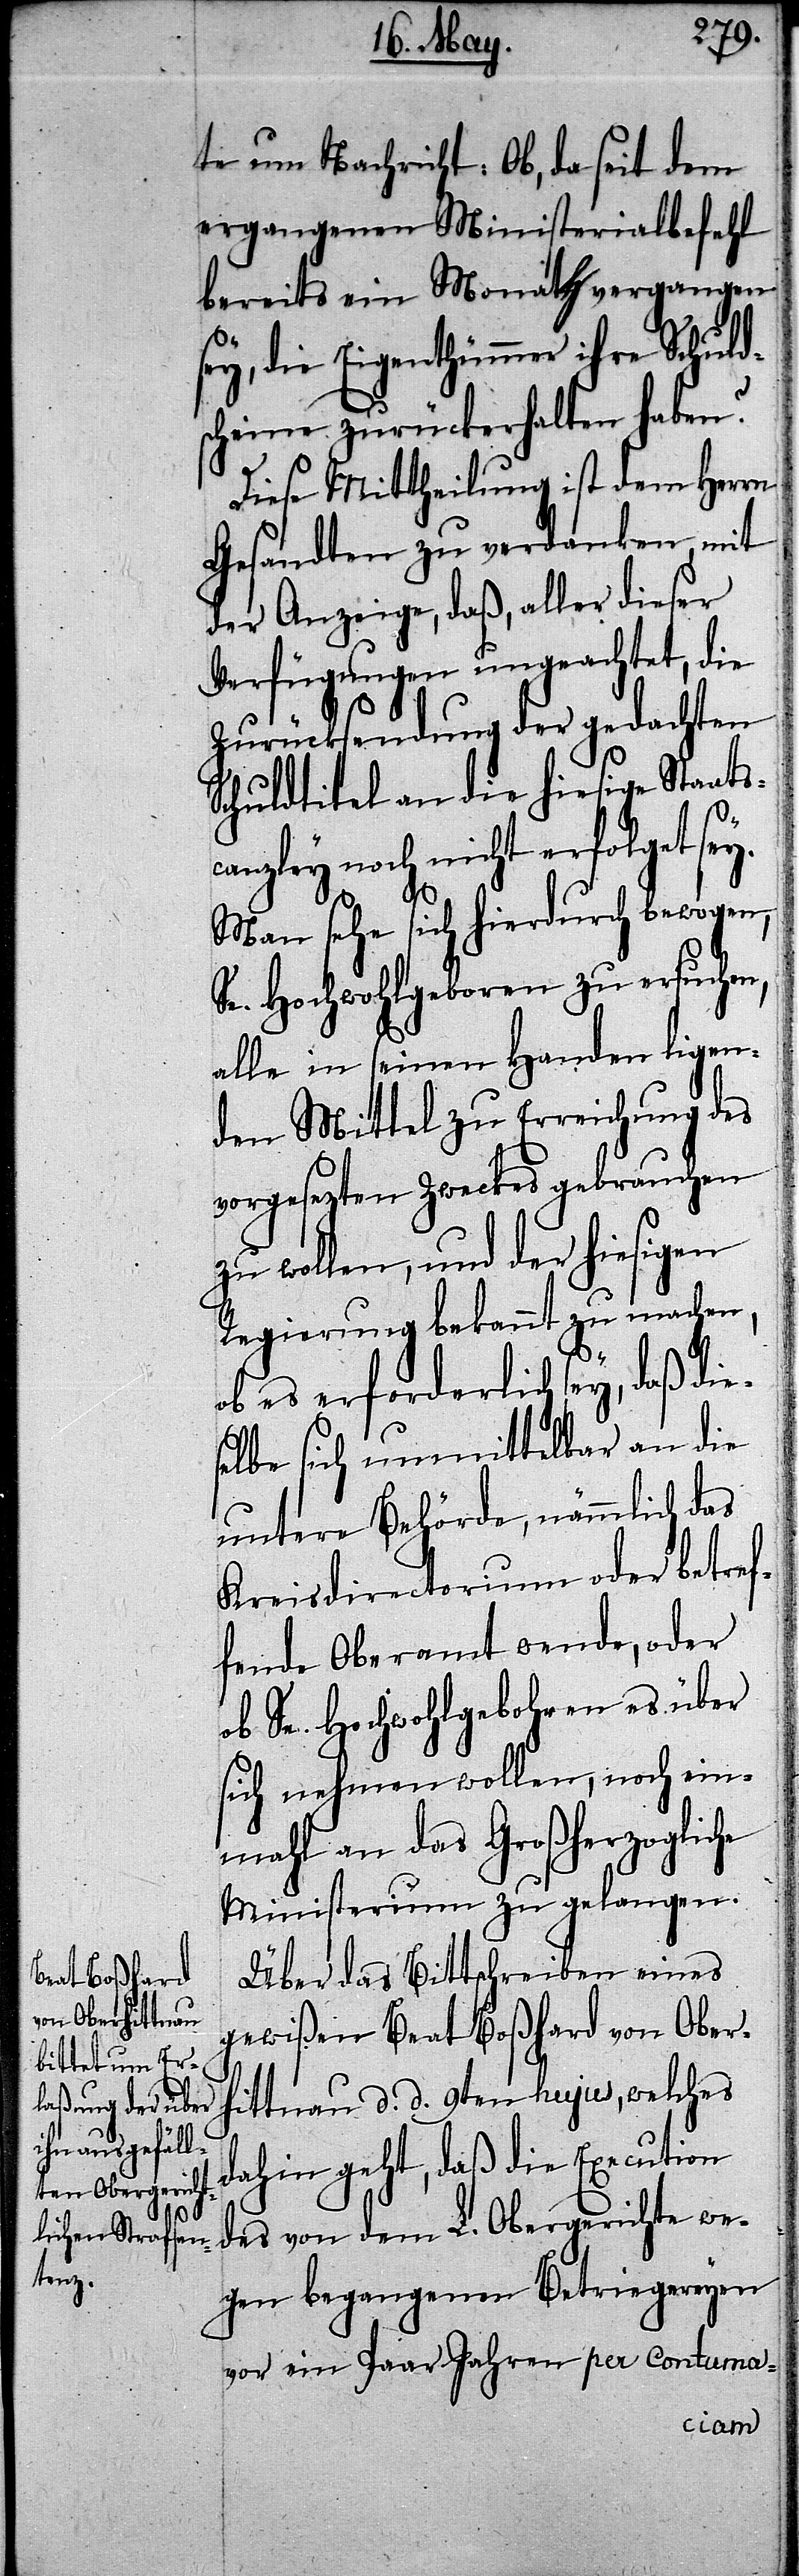
te um Nachricht: Ob, da seit dem
ergangenen Ministerialbefehl
bereits ein Monath vergangen
sey, die Eigenthümmer ihre Schuld¬
scheine zurückerhalten haben?
Diese Mittheilung ist dem Herrn
Gesandten zu verdanken, mit
der Anzeige, daß, aller dieser
Verfügungen ungeachtet, die
Zurücksendung der gedachten
Schuldtitel an die hiesige Staats¬
canzley noch nicht erfolgt sey.
Man sehe sich hierdurch bewogen,
Se. Hochwohlgeboren zu ersuchen,
alle in seinen Handen ligen¬
den Mittel zu Erreichung des
vorgesezten Zwecks gebrauchen
zu wollen, und der hiesigen
Regierung bekannt zu machen,
ob es erforderlich sey, daß die¬
selbe sich unmittelbar an die
untere Behörde, nämmlich das
Kreisdirectorium oder betref¬
fende Oberamt wende, oder
ob Se. Hochwohlgebohren es über
sich nehmen wollen, noch ein¬
mahl an das Großherzogliche
Ministerium zu gelangen.
Über das Bittschreiben eines
gewißen Beat Boßhard von Ober¬
hittnau d. d. 9ten hujus, welches
dahin geht, daß die Execution
des von dem L. Obergerichte we¬
gen begangenen Betriegereyen
vor ein Paar Jahren per contuma-